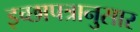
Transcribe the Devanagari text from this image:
इच्छापत्रानुसार